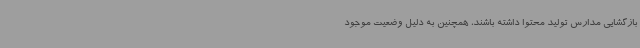
بازگشایی مدارس تولید محتوا داشته باشند، همچنین به دلیل وضعیت موجود